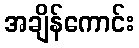
အချိန်ကောင်း